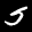
Label: 5